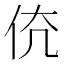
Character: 𠇳